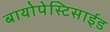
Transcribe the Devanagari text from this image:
बायोपेस्टिसाईड